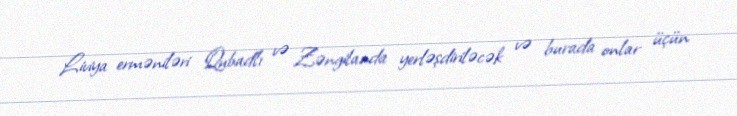
Liviya erməniləri Qubadlı və Zəngilanda yerləşdiriləcək və burada onlar üçün